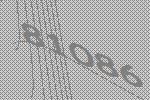
81086